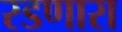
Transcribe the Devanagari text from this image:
रडणारा